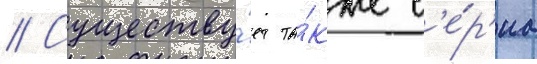
// Существу́ет та́кже с'е́р'иа